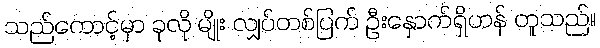
သည်ကောင့်မှာ ခုလို မျိုး လျှပ်တစ်ပြက် ဦးနှောက်ရှိဟန် တူသည်။